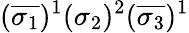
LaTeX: (\overline{{\sigma_{1}}})^{1}(\sigma_{2})^{2}(\overline{{\sigma_{3}}})^{1}